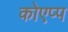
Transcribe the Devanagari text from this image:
कोएप्प